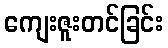
ကျေးဇူးတင်ခြင်း